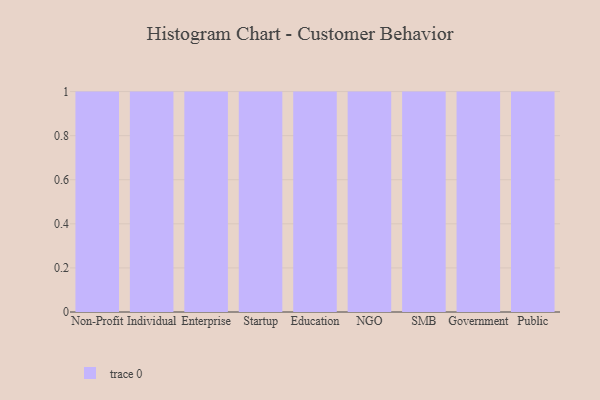
{"axis": {"x": "Segment", "y": "Backlog"}, "legend": [""], "data": [{"x": "Non-Profit", "y": 21, "type": ""}, {"x": "Individual", "y": 61, "type": ""}, {"x": "Enterprise", "y": 52, "type": ""}, {"x": "Startup", "y": 48, "type": ""}, {"x": "Education", "y": 5, "type": ""}, {"x": "NGO", "y": 14, "type": ""}, {"x": "SMB", "y": 17, "type": ""}, {"x": "Government", "y": 87, "type": ""}, {"x": "Public", "y": 75, "type": ""}]}